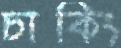
চাকিং